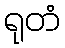
ရုတံ